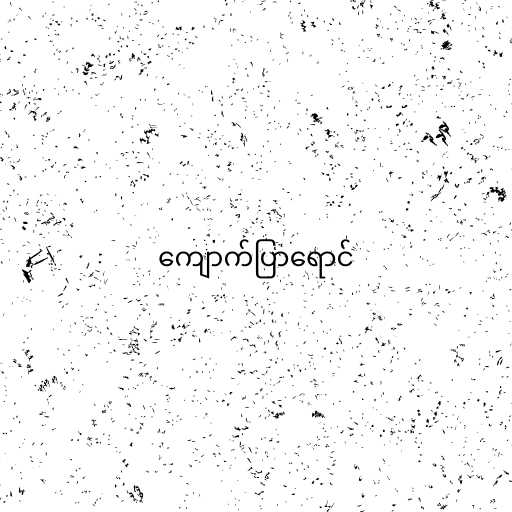
ကျောက်ပြာရောင်